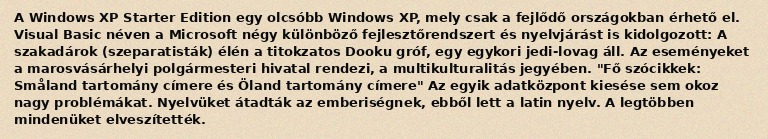
A Windows XP Starter Edition egy olcsóbb Windows XP, mely csak a fejlődő országokban érhető el. Visual Basic néven a Microsoft négy különböző fejlesztőrendszert és nyelvjárást is kidolgozott: A szakadárok (szeparatisták) élén a titokzatos Dooku gróf, egy egykori jedi-lovag áll. Az eseményeket a marosvásárhelyi polgármesteri hivatal rendezi, a multikulturalitás jegyében. "Fő szócikkek: Småland tartomány címere és Öland tartomány címere" Az egyik adatközpont kiesése sem okoz nagy problémákat. Nyelvüket átadták az emberiségnek, ebből lett a latin nyelv. A legtöbben mindenüket elveszítették.